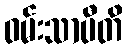
ဝမ်းသာပီတိ